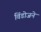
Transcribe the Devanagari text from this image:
विंडोजने